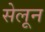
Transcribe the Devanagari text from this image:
सेलून